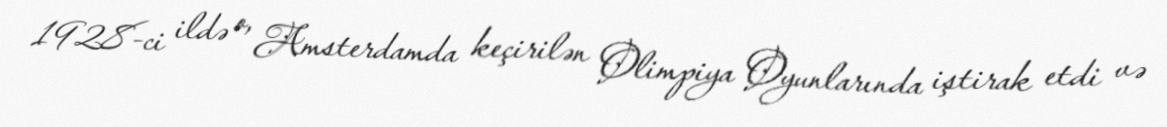
1928-ci ildə o, Amsterdamda keçirilən Olimpiya Oyunlarında iştirak etdi və